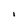
Character: i